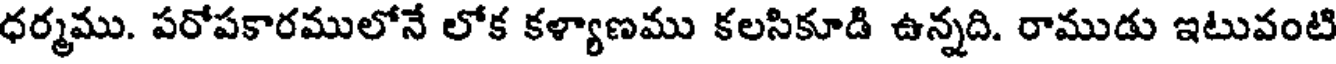
ధర్మము. పరోపకారములోనే లోక కళ్యాణము కలసికూడి ఉన్నది. రాముడు ఇటువంటి